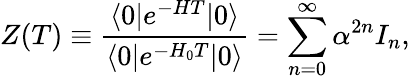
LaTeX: Z(T)\equiv{\frac{\langle 0|e^{-HT}|0\rangle}{\langle 0|e^{-H_{0}T}|0\rangle}}=\sum_{n=0}^{\infty}\alpha^{2n}I_{n},